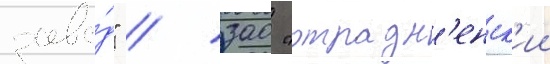
заво́д" / зао "отрадн'енск'ии